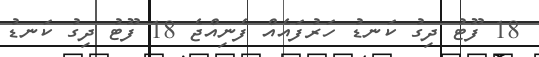
18 ފޫޓު ދިގު ކަނޑު ހަރުފައެއް ފެނިއްޖެ 18 ފޫޓު ދިގު ކަނޑު